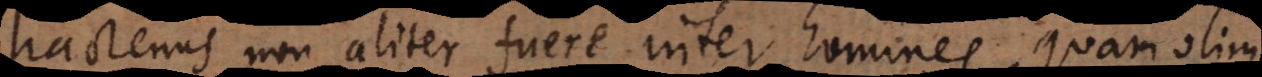
actenus non aliter fuere inter homines, quam olim